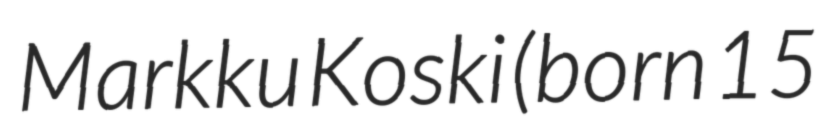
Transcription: Markku Koski (born 15